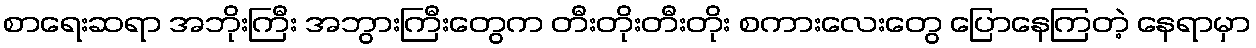
စာရေးဆရာ အဘိုးကြီး အဘွားကြီးတွေက တီးတိုးတီးတိုး စကားလေးတွေ ပြောနေကြတဲ့ နေရာမှာ